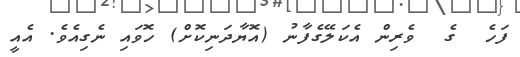
ފަހެ  ގެ  ވެރިން އެކަލޭގެފާނު (އޮޔާދަނިކޮށް) ހޮވައި ނެގިއެވެ. އެއީ